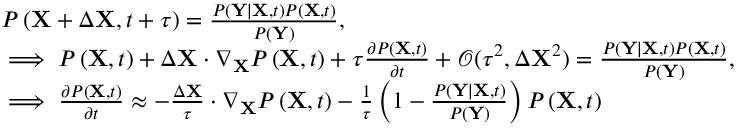
\begin{array} { r l } & { P \left( \mathbf { X } + \Delta \mathbf { X } , t + \tau \right) = \frac { P \left( \mathbf { Y } \mid \mathbf { X } , t \right) P \left( \mathbf { X } , t \right) } { P \left( \mathbf { Y } \right) } , } \\ & { \implies P \left( \mathbf { X } , t \right) + \Delta \mathbf { X } \cdot \nabla _ { \mathbf { X } } P \left( \mathbf { X } , t \right) + \tau \frac { \partial P \left( \mathbf { X } , t \right) } { \partial t } + \mathcal { O } ( \tau ^ { 2 } , \Delta \mathbf { X } ^ { 2 } ) = \frac { P \left( \mathbf { Y } \mid \mathbf { X } , t \right) P \left( \mathbf { X } , t \right) } { P \left( \mathbf { Y } \right) } , } \\ & { \implies \frac { \partial P \left( \mathbf { X } , t \right) } { \partial t } \approx - \frac { \Delta \mathbf { X } } { \tau } \cdot \nabla _ { \mathbf { X } } P \left( \mathbf { X } , t \right) - \frac { 1 } { \tau } \left( 1 - \frac { P \left( \mathbf { Y } \mid \mathbf { X } , t \right) } { P \left( \mathbf { Y } \right) } \right) P \left( \mathbf { X } , t \right) } \end{array}